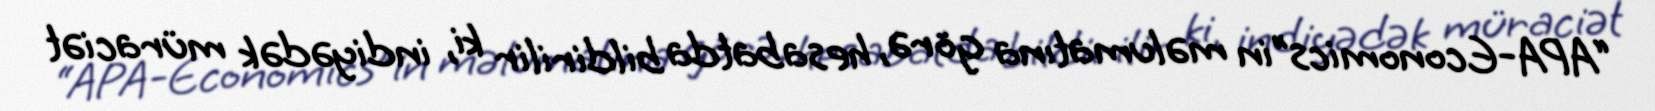
“APA-Economics”in məlumatına görə, hesabatda bildirilir ki, indiyədək müraciət